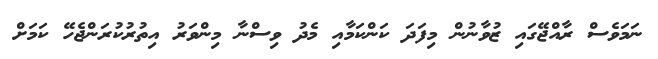
ނަމަވެސް ރާއްޖޭގައި ޒުވާނުން މިފަދަ ކަންކަމާއި މެދު ވިސްނާ މިންވަރު އިތުރުކުރަންޖެހޭ ކަމަށް